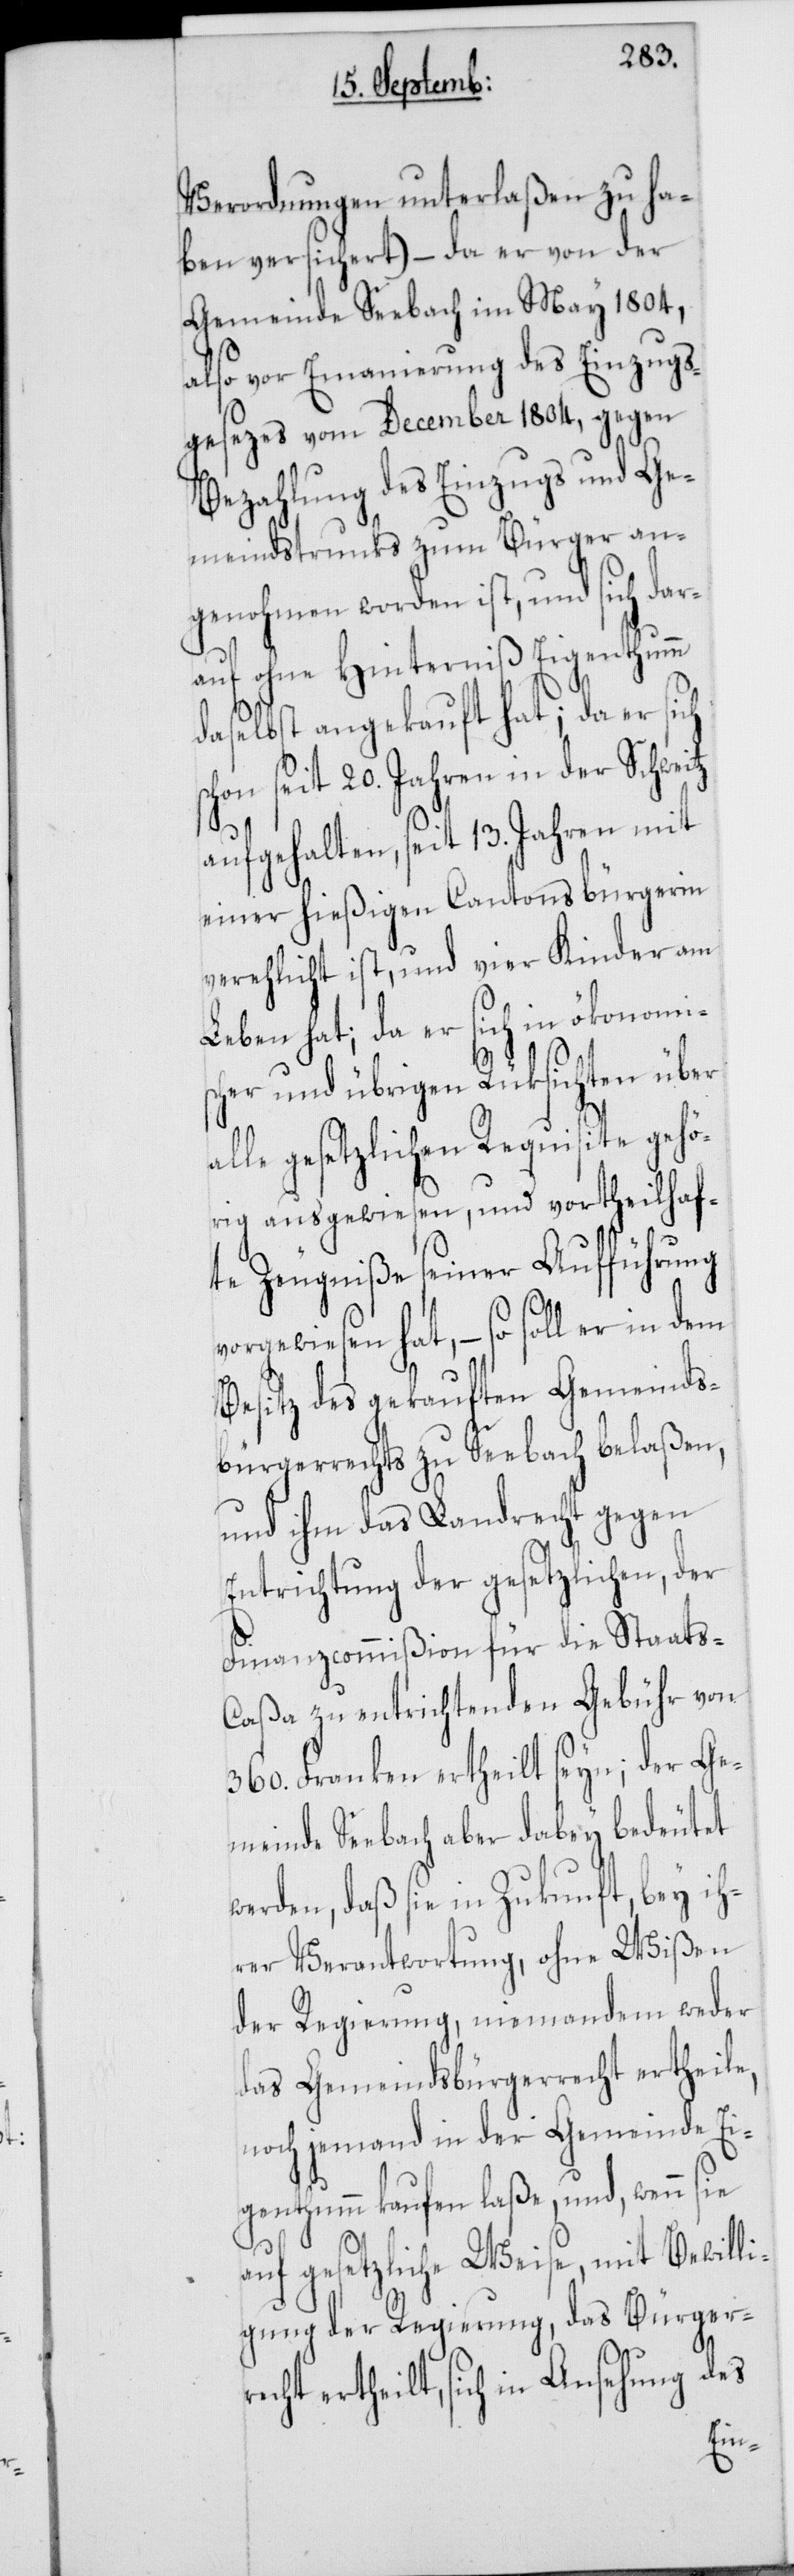
Verordnungen unterlaßen zu ha¬
ben versichert) – da er von der
Gemeinde Seebach im May 1804,
also vor Emanierung des Einzugs¬
gesezes vom December 1804, gegen
Bezahlung des Einzugs und Ge¬
meindstrunks zum Bürger an¬
genohmen worden ist, und sich dar¬
humm
auf ohne Hinterniß Eigent¬
daselbst angekauft hat; da er sich
schon seit 20. Jahren in der Schweitz
aufgehalten, seit 13. Jahren mit
einer hießigen Cantonsbürgerin
verehelicht ist, und vier Kinder am
Leben hat; da er sich in ökonomis¬
cher und übrigen Rüksichten über
alle gesetzlichen Requisite gehö¬
rig ausgewiesen, und vortheilhaf¬
te Zeugniße seiner Aufführung
vorgewiesen hat, – so soll er in dem
Besitz des gekauften Gemeinds¬
bürgerrechts zu Seebach belaßen,
und ihm das Landrecht gegen
Entrichtung der gesetzlichen, der
Finanzcommißion für die Staats-C¬
aßa zu entrichtenden Gebühr von
360. Franken ertheilt seyn; der Ge¬
meinde Seebach aber dabey bedeutet
werden, daß sie in Zukunft, bey ih¬
rer Verantwortung, ohne Wißen
der Regierung, niemandem weder
das Gemeindsbürgerrecht ertheile,
noch jemand in der Gemeinde Ei¬
genthumm kaufen laße, und, wenn sie
auf gesetzliche Weise, mit Bewilli¬
gung der Regierung, das Bürgerr¬
echt ertheilt, sich in Ansehung des